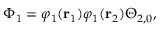
\Phi _ { 1 } = \varphi _ { 1 } ( \mathbf { r } _ { 1 } ) \varphi _ { 1 } ( \mathbf { r } _ { 2 } ) \Theta _ { 2 , 0 } ,